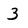
Character: 3